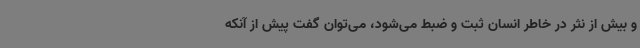
و بیش از نثر در خاطر انسان ثبت و ضبط می‌شود، می‌توان گفت پیش از آنکه